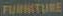
FURNITURE